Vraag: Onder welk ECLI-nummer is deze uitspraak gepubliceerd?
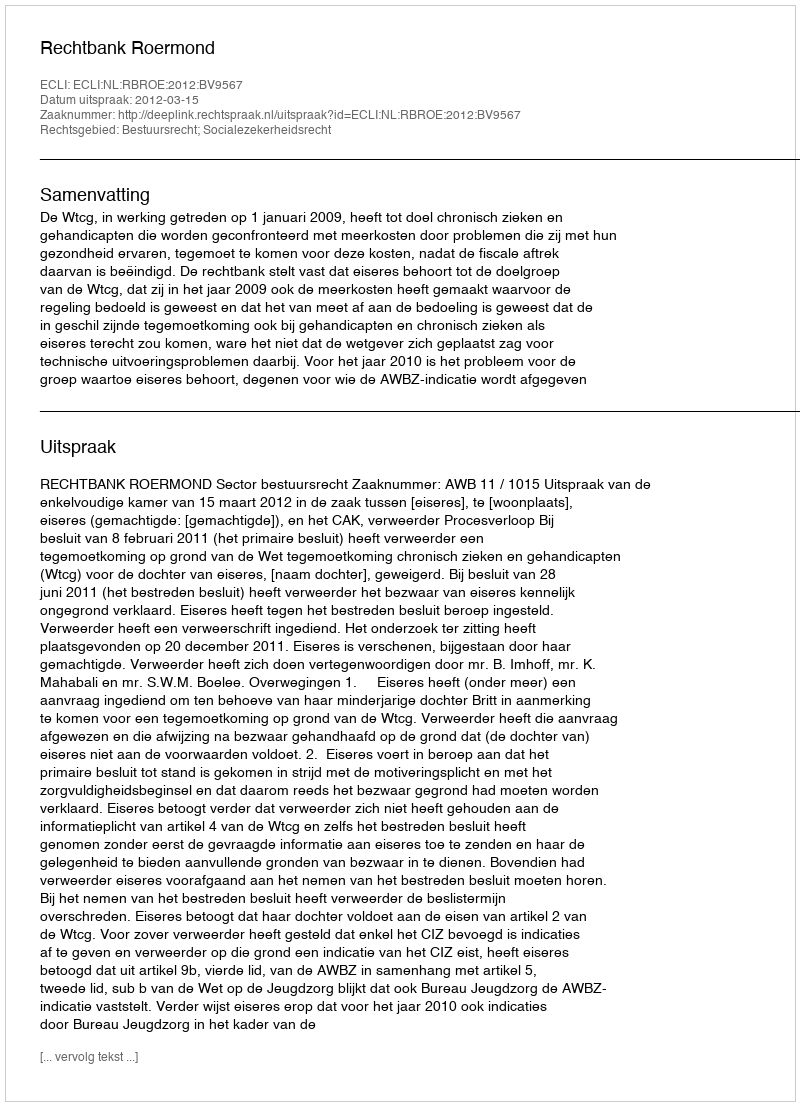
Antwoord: ECLI:NL:RBROE:2012:BV9567